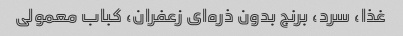
غذا، سرد، برنج بدون ذره‌ای زعفران، کباب معمولی